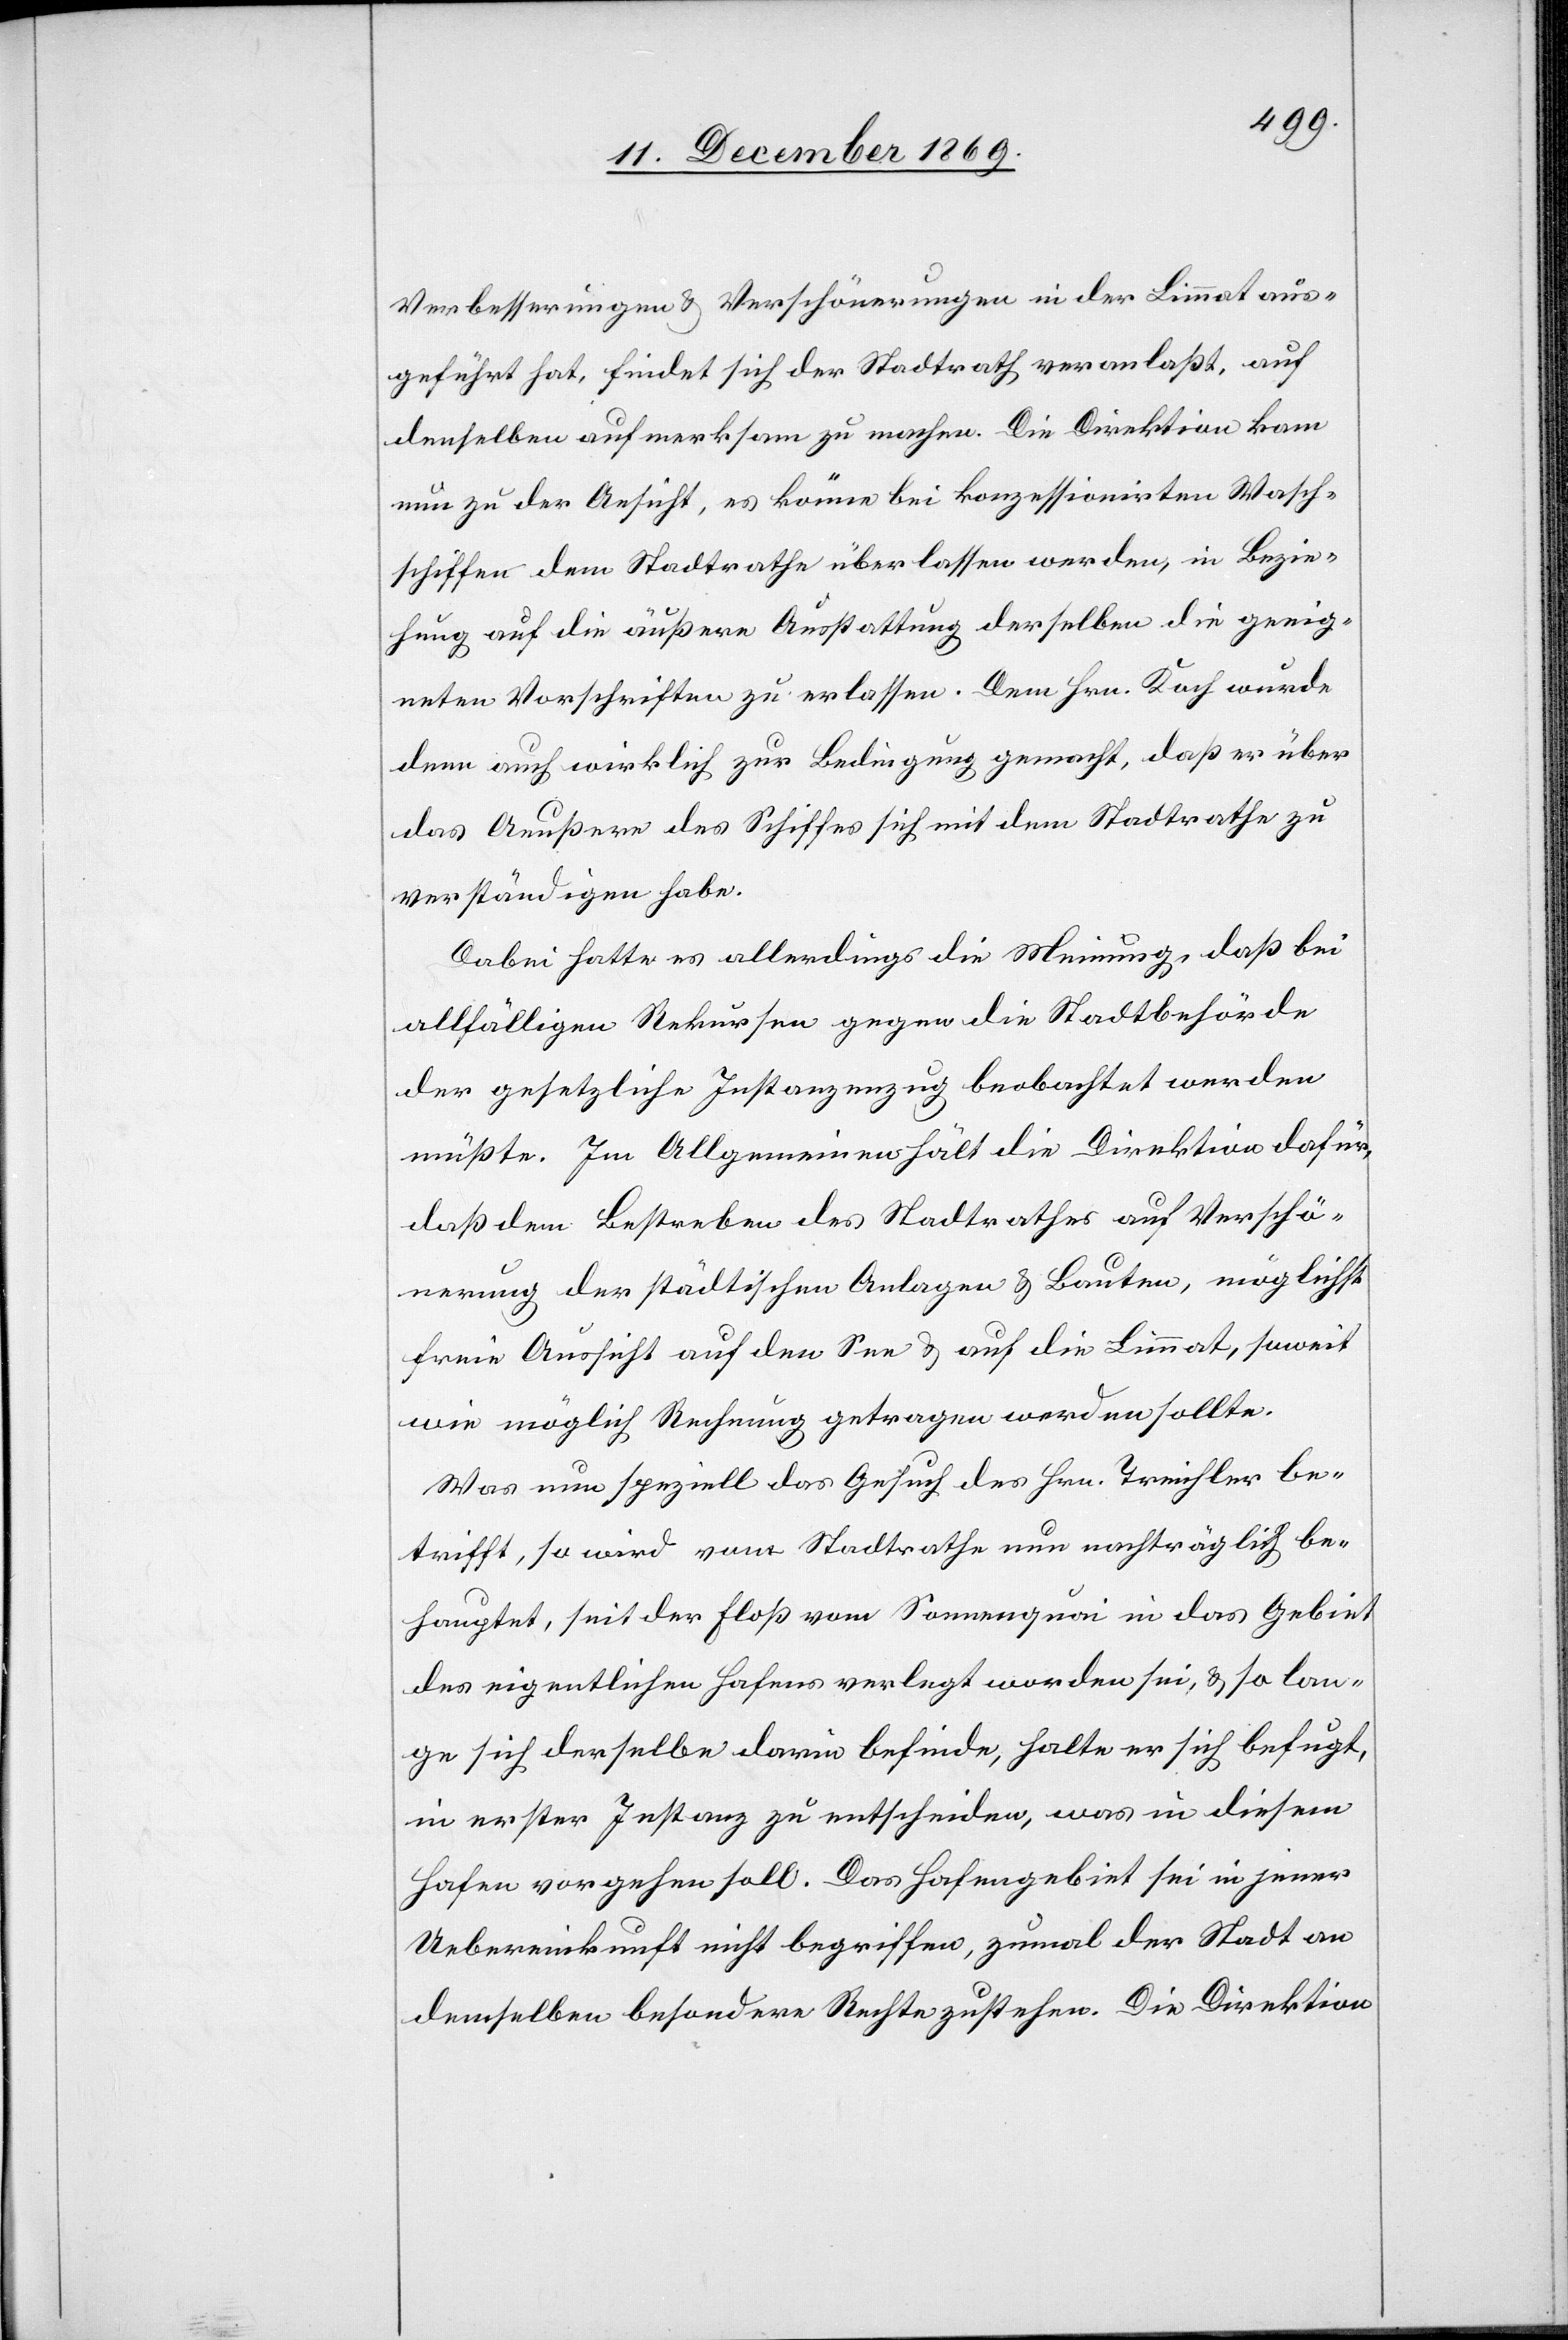
Verbesserungen & Verschönerungen in der Limmat aus¬
geführt hat, findet sich der Stadtrath veranlaßt, auf
denselben aufmerksam zu machen. Die Direktion kam
nun zu der Ansicht, es könne bei konzessionirten Wasch¬
schiffen dem Stadtrathe überlassen werden, in Bezie¬
hung auf die äußere Ausstattung derselben die geeig¬
neten Vorschriften zu erlassen. Dem Hrn. Koch wurde
denn auch wirklich zur Bedingung gemacht, daß er über
das Aeußere des Schiffes sich mit dem Stadtrathe zu
verständigen habe.
Dabei hatte es allerdings die Meinung, daß bei
allfälligen Rekursen gegen die Stadtbehörde
der gesetzliche Instanzenzug beobachtet werden
müßte. Im Allgemeinen hält die Direktion dafür,
daß dem Bestreben des Stadtrathes auf Verschö¬
nerung der städtischen Anlagen & Bauten, möglichst
freie Aussicht auf den See & auf die Limmat, soweit
wie möglich Rechnung getragen werden sollte.
Was nun speziell das Gesuch des Hrn. Treichler be¬
trifft, so wird vom Stadtrathe nun nachträglich be¬
hauptet, seit der Floß vom Sonnenquai in das Gebiet
des eigentlichen Hafens verlegt worden sei, & so lan¬
ge sich derselbe darin befinde, halte er sich befugt,
in erster Instanz zu entscheiden, was in diesem
Hafen vorgehen soll. Das Hafengebiet sei in jener
Uebereinkunft nicht begriffen, zumal der Stadt an
demselben besondere Rechte zustehen. Die Direktion